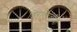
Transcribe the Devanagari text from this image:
डिरेक्टिव्हीची